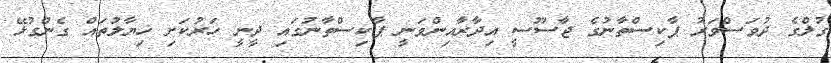
ގުލްގެ ދުވަސްވަރު ޕާކިސްތާނުގެ ޖާސޫސީ އިދާރާއިންވަނީ ޕާކިސްތާނުގައި ދީނީ ހަރުކަށި ޚިޔާލުތައް ގެންގުޅޭ